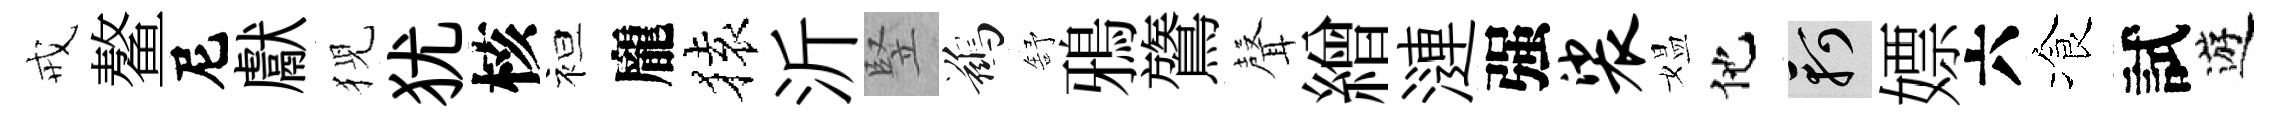
戒鳌尼獻猊犹核袒龐𫞤沂竪鷀舒鴉鷟𮋻繒漣强裟媪他軻嫖六飡試遊